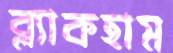
ব্ল্যাকহাম